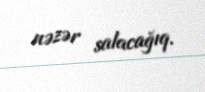
nəzər salacağıq.